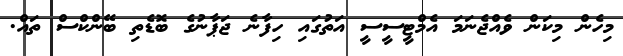
މިހެން މިކަން ވެއްޖެނަމަ އެމްޓީސީސީ އަތުގައި ހިފާނެ ޖަޕާނުގެ ބޮޑެތި ބޭންކްސް ތައް.